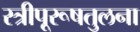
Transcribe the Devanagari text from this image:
स्त्रीपूरूषतुलना